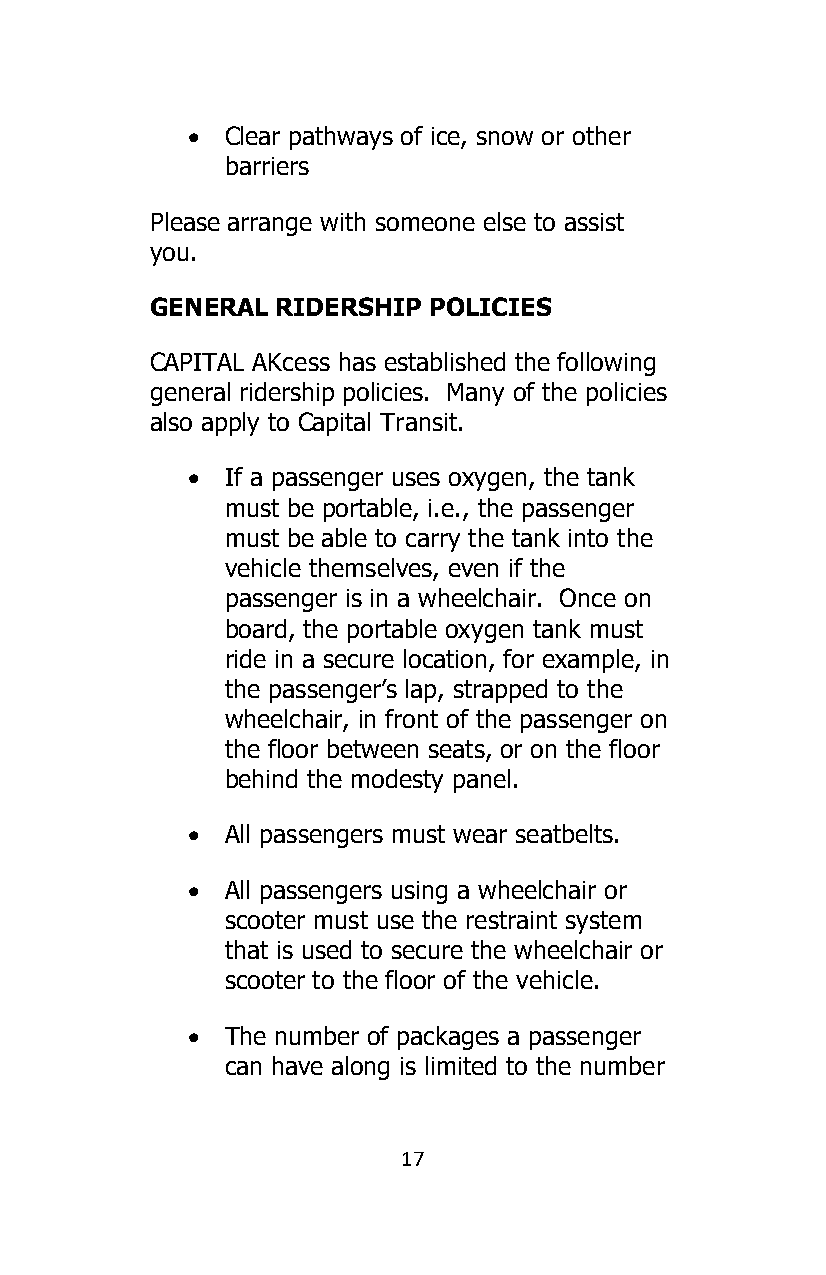
•  Clear pathways of ice, snow or other
 barriers
 Please arrange with someone else to assist
 you.
 GENERAL RIDERSHIP POLICIES
 CAPITAL AKcess has established the following
 general ridership policies. Many of the policies
 also apply to Capital Transit.
 •  If a passenger uses oxygen, the tank
 must be portable, i.e., the passenger
 must be able to carry the tank into the
 vehicle themselves, even if the
 passenger is in a wheelchair. Once on
 board, the portable oxygen tank must
 ride in a secure location, for example, in
 the passenger’s lap, strapped to the
 wheelchair, in front of the passenger on
 the floor between seats, or on the floor
 behind the modesty panel.
 •  All passengers must wear seatbelts.
 •  All passengers using a wheelchair or
 scooter must use the restraint system
 that is used to secure the wheelchair or
 scooter to the floor of the vehicle.
 •  The number of packages a passenger
 can have along is limited to the number
 17